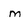
Character: m